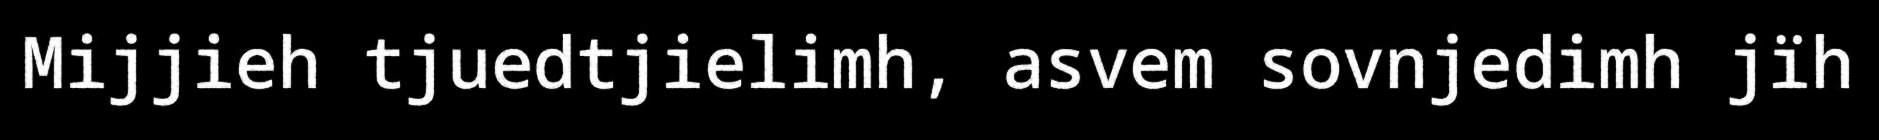
Mijjieh tjuedtjielimh, asvem sovnjedimh jïh